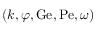
( k , \varphi , \mathrm { G e } , \mathrm { P e } , \omega )